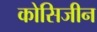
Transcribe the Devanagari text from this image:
कोसिजीन